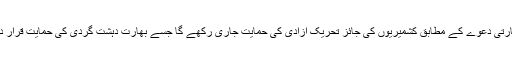
یعنی بھارتی دعوے کے مطابق کشمیریوں کی جائز تحریک آزادی کی حمایت جاری رکھے گا جسے بھارت دہشت گردی کی حمایت قرار دیتا ہے ۔